Indian journal of veterinary science and animal husbandry - Volume 13,
Year: 1943
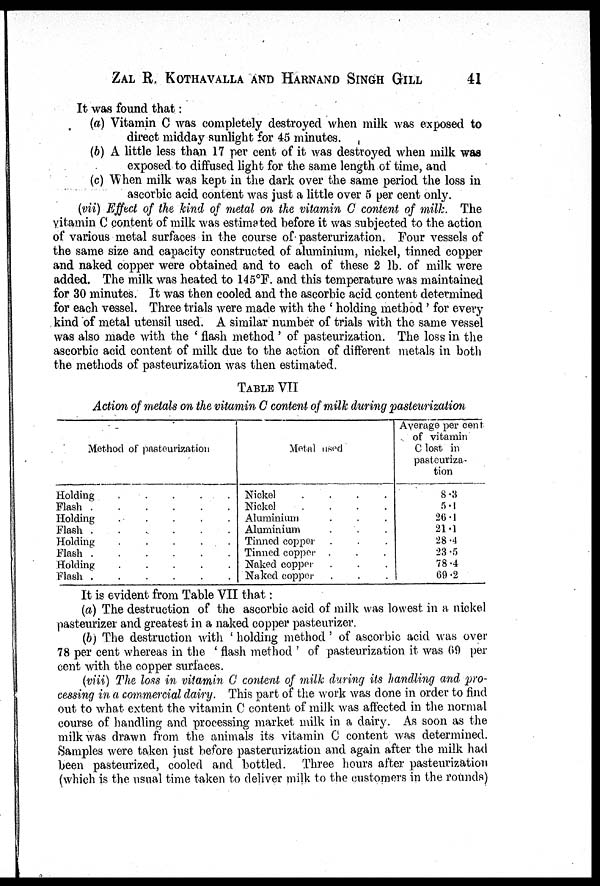
ZAL R, KOTHAVALLA AND HARNAND SINGH GILL 41
It was found that:
(a) Vitamin C was completely destroyed when milk was exposed to
direct midday sunlight for 45 minutes.
(b) A little less than 17 per cent of it was destroyed when milk was
exposed to diffused light for the same length of time, and
(c) When milk was kept in the dark over the same period the loss in
ascorbic acid content was just a little over 5 per cent only.
(vii) Effect of the kind of metal on the vitamin C content of milk. The
vitamin C content of milk was estimated before it was subjected to the action
of various metal surfaces in the course of pasterurization. Four vessels of
the same size and capacity constructed of aluminium, nickel, tinned copper
and naked copper were obtained and to each of these 2 lb. of milk were
added. The milk was heated to 145°F. and this temperature was maintained
for 30 minutes. It was then cooled and the ascorbic acid content determined
for each vessel. Three trials were made with the ' holding method' for every
kind of metal utensil used. A similar number of trials with the same vessel
was also made with the ' flash method ' of pasteurization. The loss in the
ascorbic acid content of milk due to the action of different metals in both
the methods of pasteurization was then estimated.
TABLE VII
Action of metals on the vitamin C content of milk during pasteurization
Method of pasteurization
Holding . . . .
Flash . . . .
Holding . . . .
Flash . . . .
Holding ....
Flash ... ..
Holding....
Flash . . . .
Metal used
Nickel....
Nickel....
Aluminium....
Aluminium....
Tinned copper....
Tinned copper ....
Naked copper....
Naked copper....
Average per cent
of vitamin
C lost in
pasteuriza-
tion
8.3
5.1
26.1
21.1
28.4
23 .5
78.4
69.2
It is evident from Table VII that:
(a) The destruction of the ascorbic acid of milk was lowest in a nickel
pasteurizer and greatest in a naked copper pasteurizer.
(b) The destruction with ' holding method ' of ascorbic acid was over
78 per cent whereas in the ' flash method ' of pasteurization it was 69 per
cent with the copper surfaces.
(viii) The loss in vitamin C content of milk during its handling and pro-
cessing in a commercial dairy. This part of the work was done in order to find
out to what extent the vitamin C content of milk was affected in the normal
course of handling. and processing market milk in a dairy. As soon as the
milk was drawn from the animals its vitamin C content was determined.
Samples were taken just before pasterurization and again after the milk had
been pasteurized, cooled and bottled. Three hours after pasteurization
(which is the usual time taken to deliver milk to the customers in the rounds)